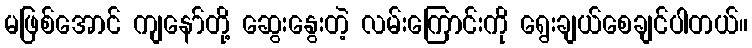
မဖြစ်အောင် ကျနော်တို့ ဆွေးနွေးတဲ့ လမ်းကြောင်းကို ရွေးချယ်စေချင်ပါတယ်။